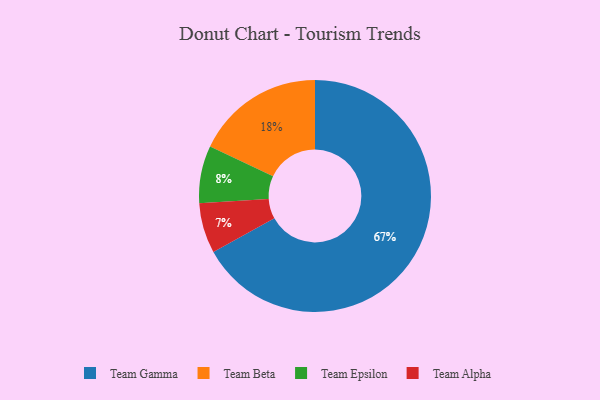
{"axis": {"x": "Category", "y": "Percentage"}, "legend": ["Team Alpha", "Team Beta", "Team Epsilon", "Team Gamma"], "data": [{"x": "Team Gamma", "y": 67, "type": "Team Gamma"}, {"x": "Team Epsilon", "y": 8, "type": "Team Epsilon"}, {"x": "Team Beta", "y": 18, "type": "Team Beta"}, {"x": "Team Alpha", "y": 7, "type": "Team Alpha"}]}